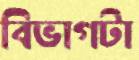
বিভাগটা